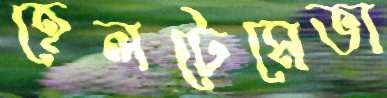
হেলটেমেভা